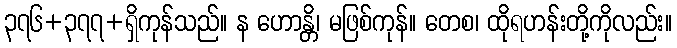
၃၇၆+၃၇၇+ရှိကုန်သည်။ န ဟောန္တိ၊ မဖြစ်ကုန်။ တေစ၊ ထိုရဟန်းတို့ကိုလည်း။